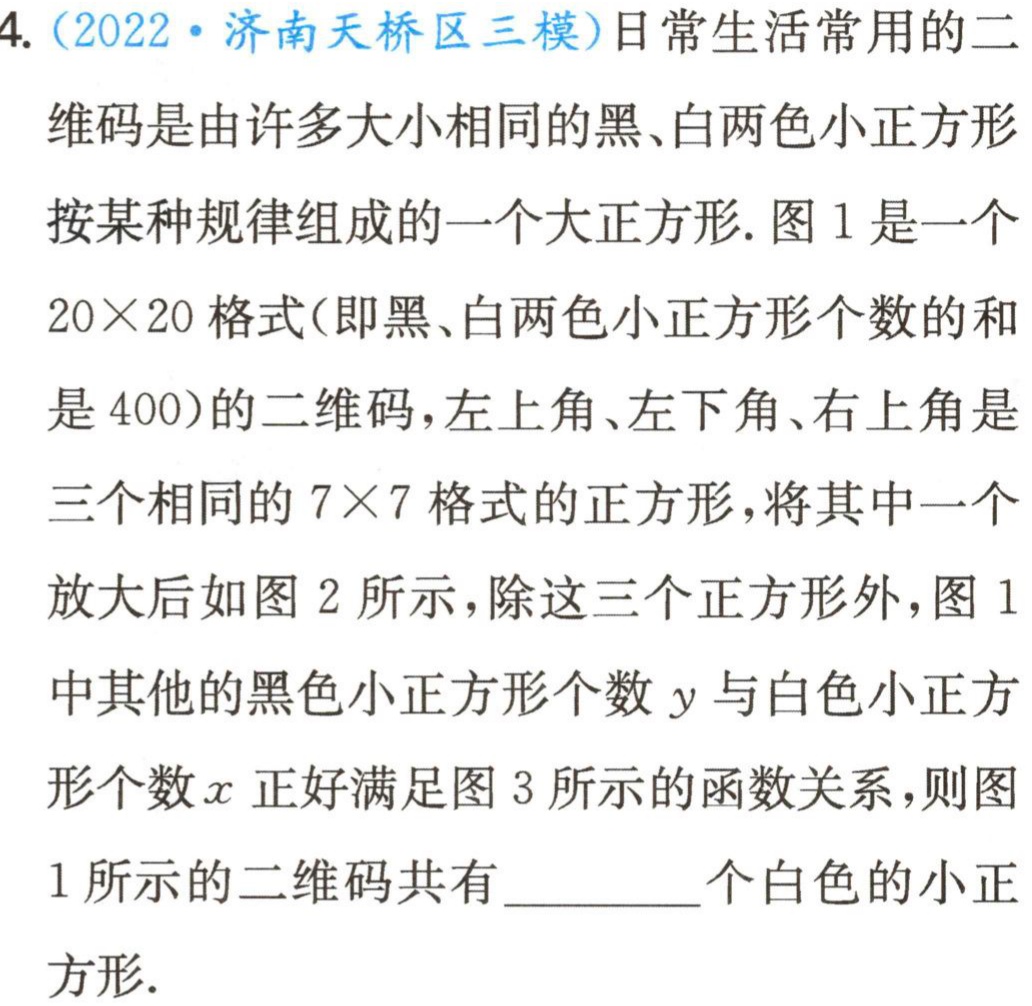
4.（2022·济南天桥区三模）日常生活常用的二维码是由许多大小相同的黑、白两色小正方形按某种规律组成的一个大正方形. 图1是一个$20\times20$格式（即黑、白两色小正方形个数的和是400）的二维码，左上角、左下角、右上角是三个相同的$7\times7$格式的正方形，将其中一个放大后如图2所示，除这三个正方形外，图1中其他的黑色小正方形个数$y$与白色小正方形个数$x$正好满足图3所示的函数关系，则图1所示的二维码共有________个白色的小正

方形.